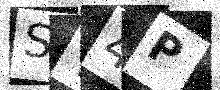
Text: SY4P